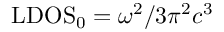
\mathrm { L D O S } _ { 0 } = \omega ^ { 2 } / 3 \pi ^ { 2 } c ^ { 3 }